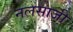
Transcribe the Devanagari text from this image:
नलसाजी